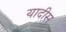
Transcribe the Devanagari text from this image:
यादीस